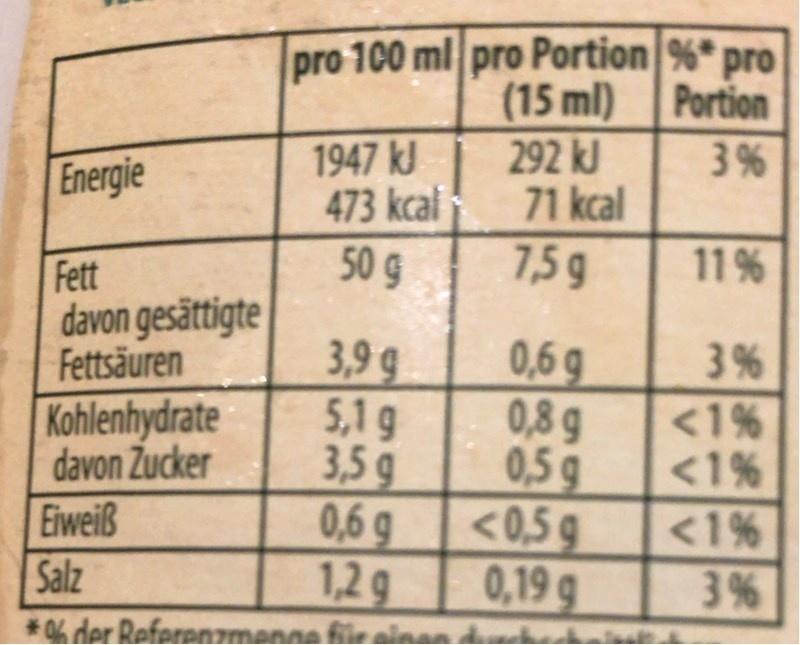
pro 100 ml pro Portion %* pro (15 ml) 292 kJ 71 kcal
Portion
1947 kJ 473 kcal 50 g
3%
Energie
Fett
7,5 g
11%
davon gesättigte 3,9 g 5,1g 3,5 g 0,6 g 1,2g * 0% der Referenzmanne fieelnen
0,6 9 0,8 g 0,5 g <0,5g 0,19 g
Fettsäuren
Kohlenhydrate
<1% <1%
davon Zucker Eiweiß Salz
<1%
3%
3.